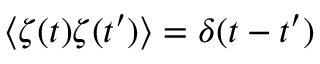
\langle \zeta ( t ) \zeta ( t ^ { \prime } ) \rangle = \delta ( t - t ^ { \prime } )